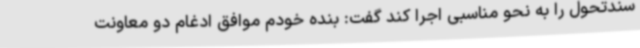
سندتحول را به نحو مناسبی اجرا کند گفت: بنده خودم موافق ادغام دو معاونت